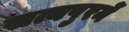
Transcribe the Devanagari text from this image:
सत्यपुरमें